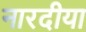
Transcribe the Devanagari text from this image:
नारदीया